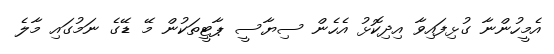
އެމީހުންނާ ގުޅިފައިވާ އިދިކޮޅު އެހެން ސިޔާސީ ޕާޓީތަކުން މޭ ޑޭގެ ނަމުގައި މާލެ